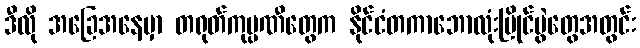
ဒီလို အခြေအနေမှာ တရုတ်ကုမ္ပဏီတွေက နိုင်ငံတကာဘောလုံးပြိုင်ပွဲတွေအတွင်း